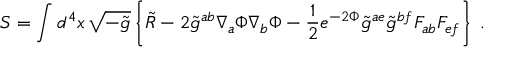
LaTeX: S = \int d ^ { 4 } x \, \sqrt { - \tilde { g } } \left\{ \tilde { R } - 2 \tilde { g } ^ { a b } \nabla _ { a } \Phi \nabla _ { b } \Phi - { \frac { 1 } { 2 } } e ^ { - 2 \Phi } \tilde { g } ^ { a e } \tilde { g } ^ { b f } F _ { a b } F _ { e f } \right\} \; .